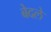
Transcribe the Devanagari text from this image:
बेदले